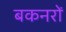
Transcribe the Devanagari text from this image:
बकनरों